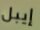
إيبل